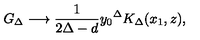
G _ { \Delta } \longrightarrow \frac { 1 } { 2 \Delta - d } { y _ { 0 } } ^ { \Delta } K _ { \Delta } ( x _ { 1 } , z ) ,